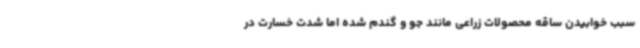
سبب خوابیدن ساقه محصولات زراعی مانند جو و گندم شده اما شدت خسارت در